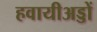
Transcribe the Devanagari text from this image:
हवायीअड्डों